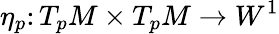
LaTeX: \eta_{p}\colon T_{p}M\times T_{p}M\to W^{1}